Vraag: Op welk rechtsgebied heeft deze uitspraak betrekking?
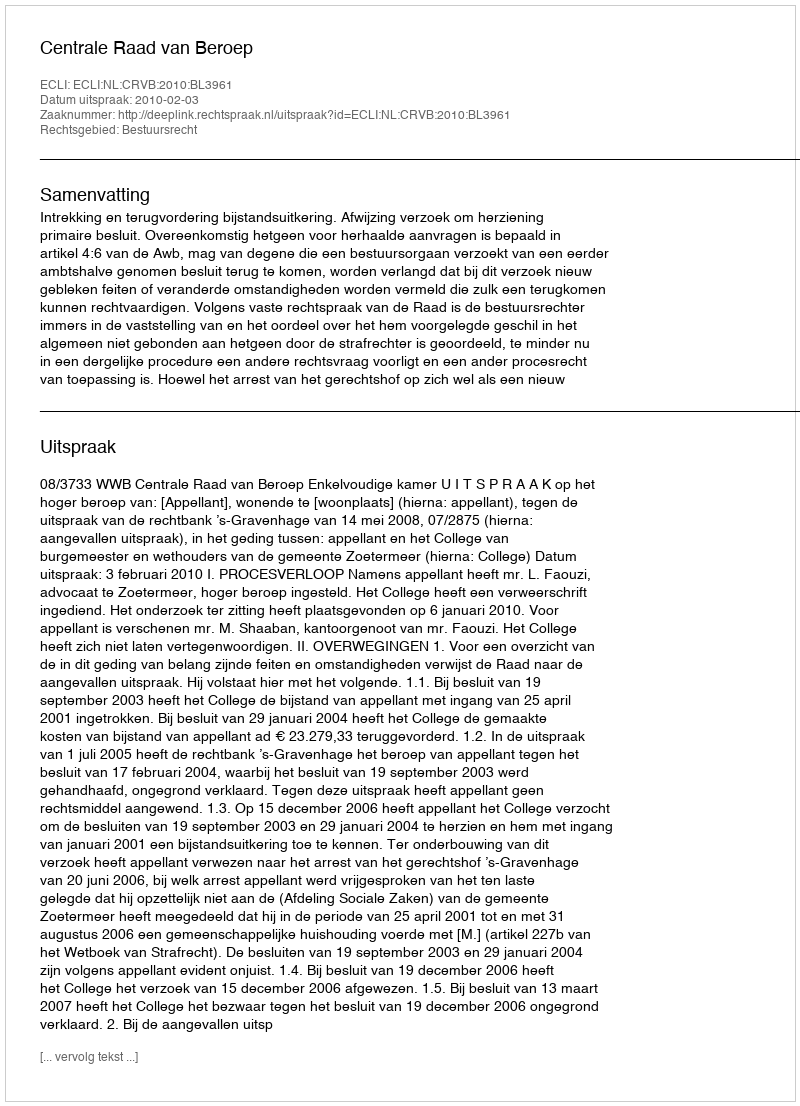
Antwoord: Bestuursrecht